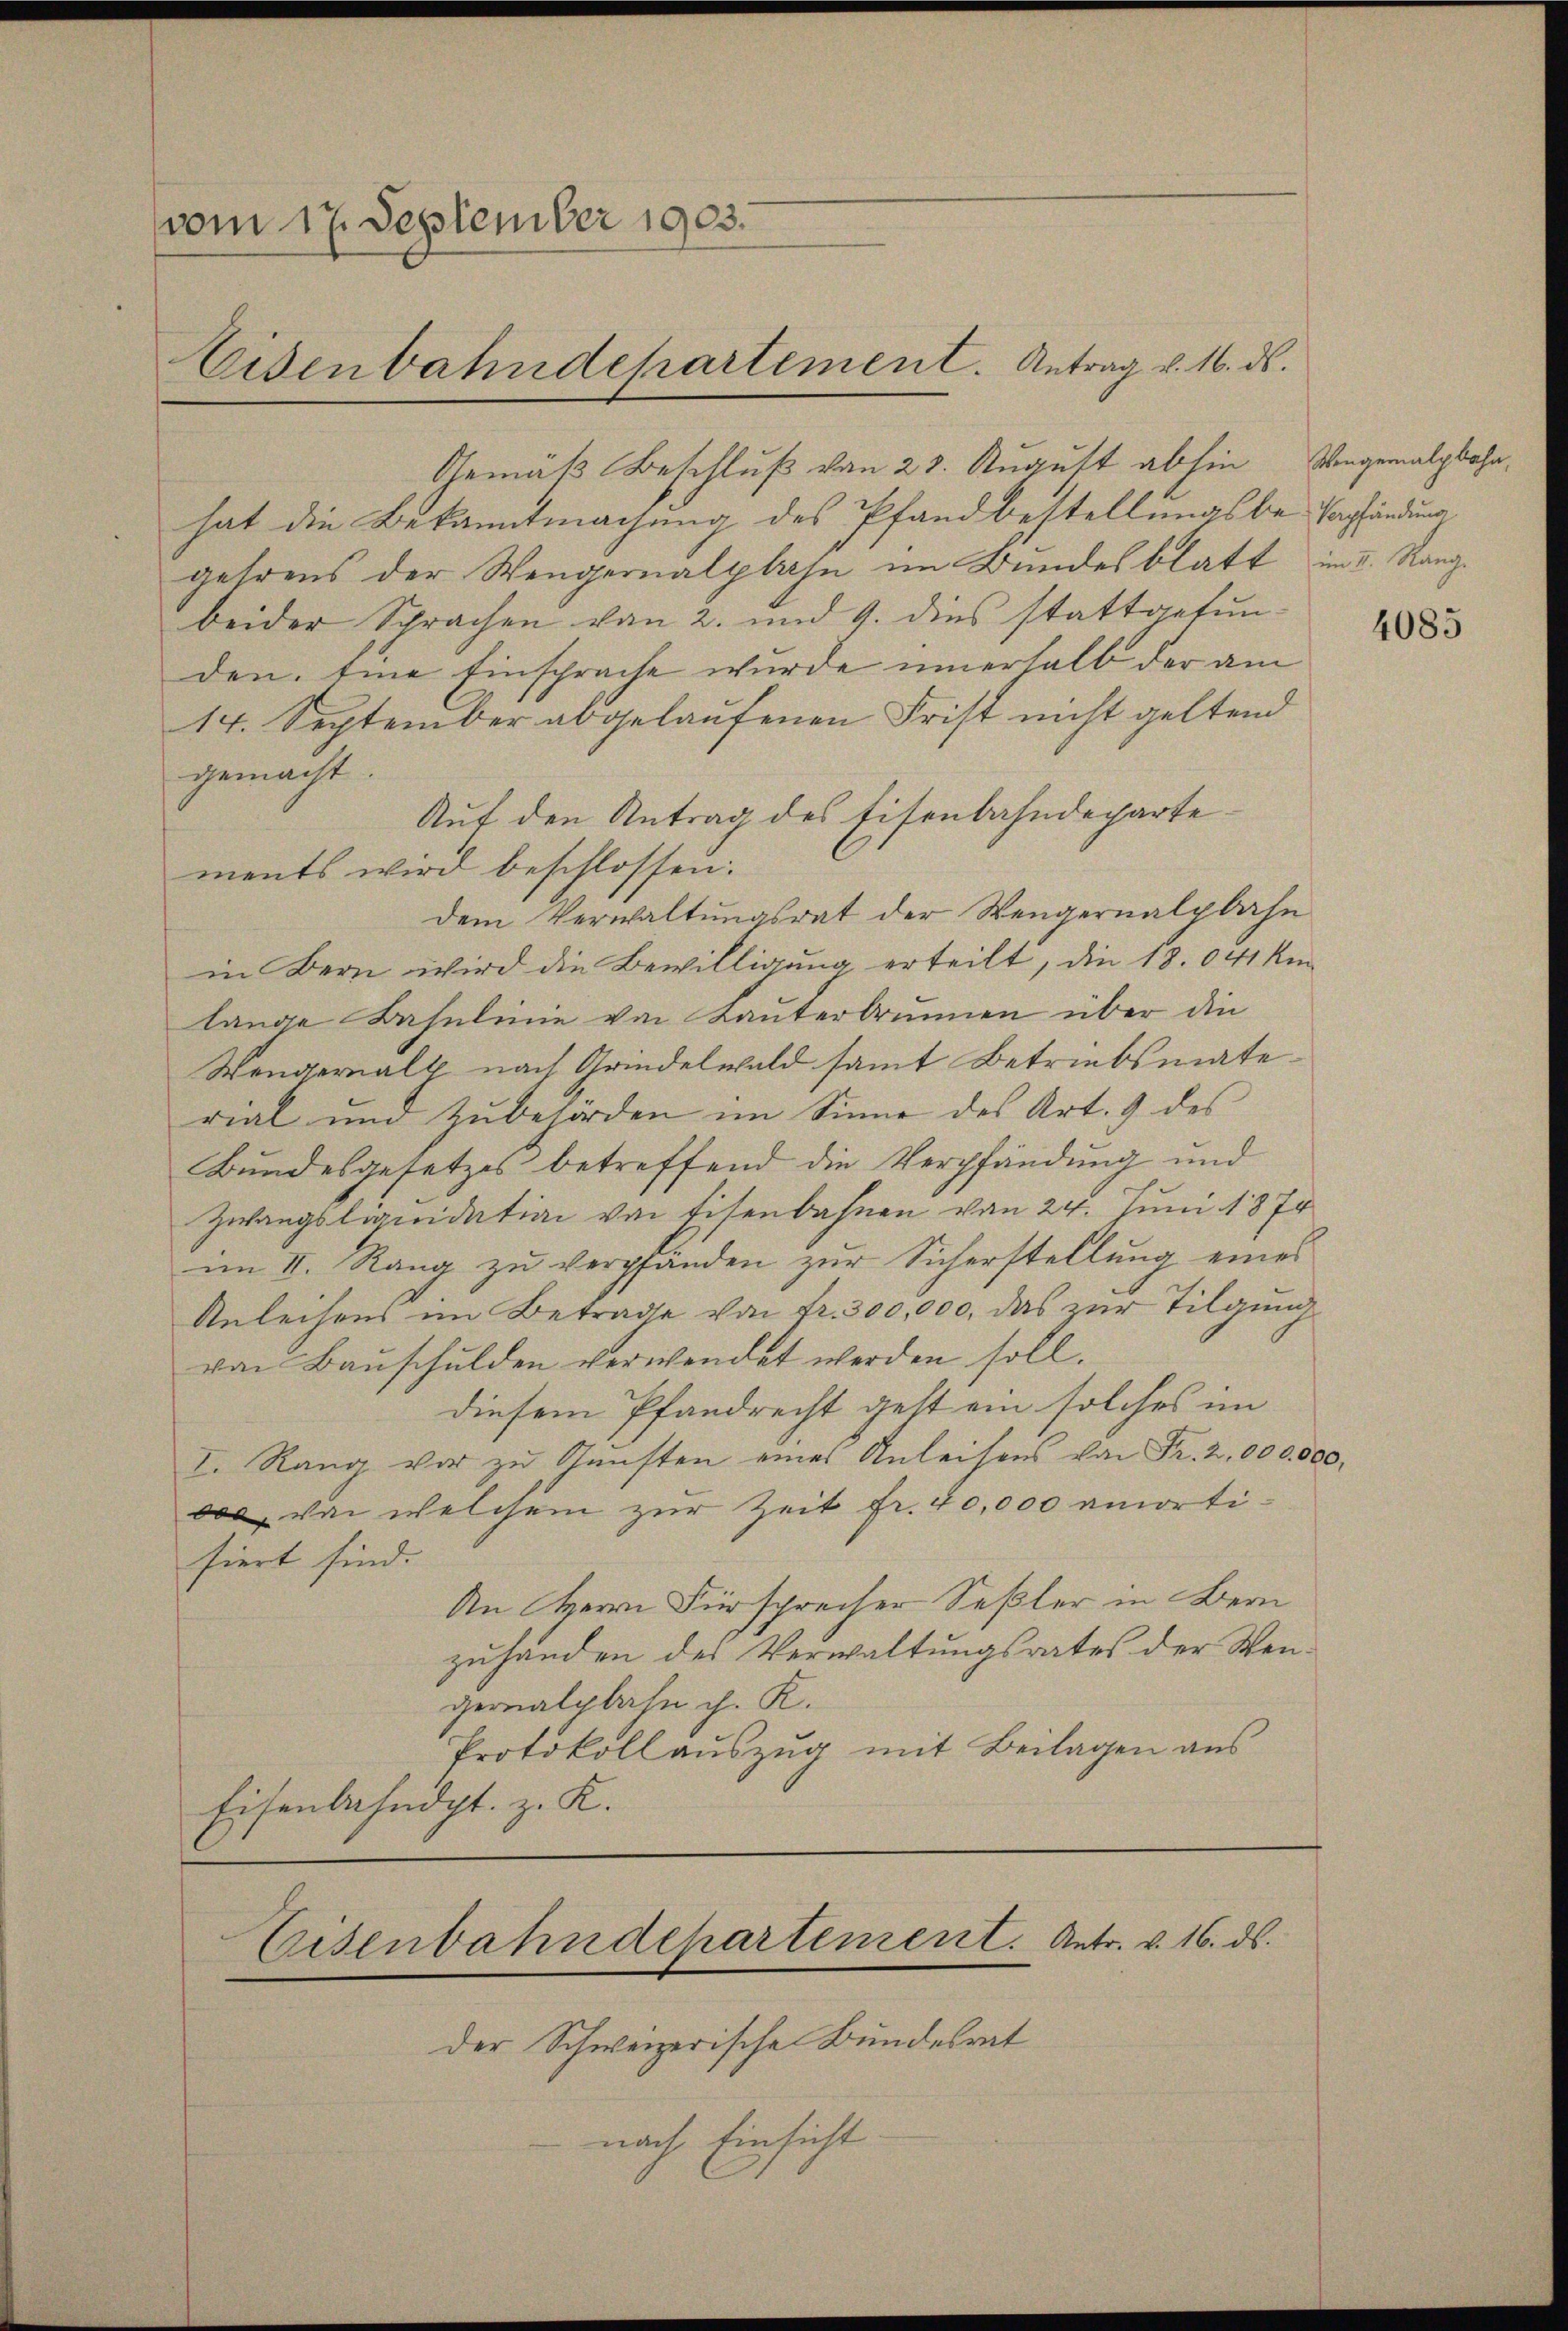
vom 17. September 1903.
Eisenbahndepartement. Antrag v. 16. ds.

Gemäß Beschluß von 23. August abhin
hat die Bekanntmachung des Pfandbestellungsbe-Papfändung
gehrens der Wengernalplahn im Bundesblatt im I. Rang
beider Sprachen von 2. und 9. dies stattgefun-
den. Eine Einsprache wurde innerhalb der am
14. September abgelaufenen Frist nicht geltend
gemacht.
Auf den Antrag des Eisenbahndeparte
ments wird beschlossen.
dem Verwaltungsrat der Wengernalplahn
in Bern wird die Bewilligung erteilt, die 18.041 kon
lange Bahnlinie von Lauterbrunnen über die
Wengernals nach Grindelwald samt Betriebsmaterial und zŭbehörden im Sinne des Art. 9 des
Bundesgesetzes betreffend die Verpfändung und
Zwangsliquidation von Eisenbahnen von 24. Juni 1874
im II. Rang zu verpfänden zur Sicherstellung eines
Anleihens im Betrage von Fr. 300,000, das zur Tilgung
von Bauschulden verwendet werden soll.
diesem Pfandrecht gest ein solches im
I. Rang vor zu Gunsten eines Anleisens von Fr. 2,000. 0
000, von welchem zur Zeit fr. 40,000 amortisiert sind.
An Herrn Fürsprecher Seßler in Bern
zuhanden des Verwaltungsrates der Wengerialplahn ch. K.
Protokollauszug mit Beilagen aus
Eisenbahndpt. z. K.

der Schweizerische Bundesrat
nach Einsicht

Eisenbahndepartement. Antr. v. 16. ds.

Wengemalpbahn,

10,

4085